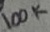
Text: 100K